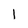
Character: 1